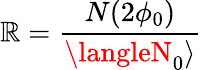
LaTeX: \mathbb{R}=\frac{{N(2\phi_{0})}}{{\langleN_{0}\rangle}}